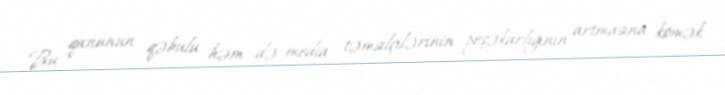
Bu qanunun qəbulu həm də media təmsilçilərinin peşəkarlığının artmasına kömək